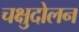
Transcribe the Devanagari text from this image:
चक्षुदोलन